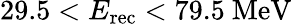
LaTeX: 29.5<E_{\mathrm{rec}}<79.5~\mathrm{MeV}